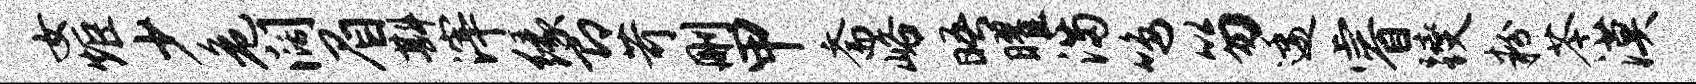
女炬少危阔眉斟滓缘即苛删甲斋峪晤曜满鸣笏逶睿躞粉苓漠